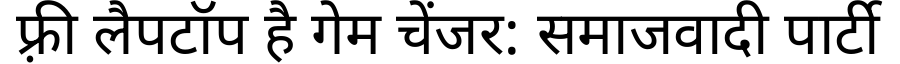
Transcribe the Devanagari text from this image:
फ़्री लैपटॉप है गेम चेंजर: समाजवादी पार्टी